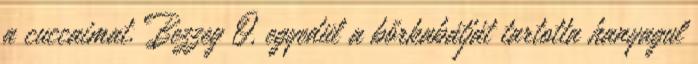
a cuccaimat. Bezzeg Ő, egyedül a bőrkabátját tartotta hanyagul